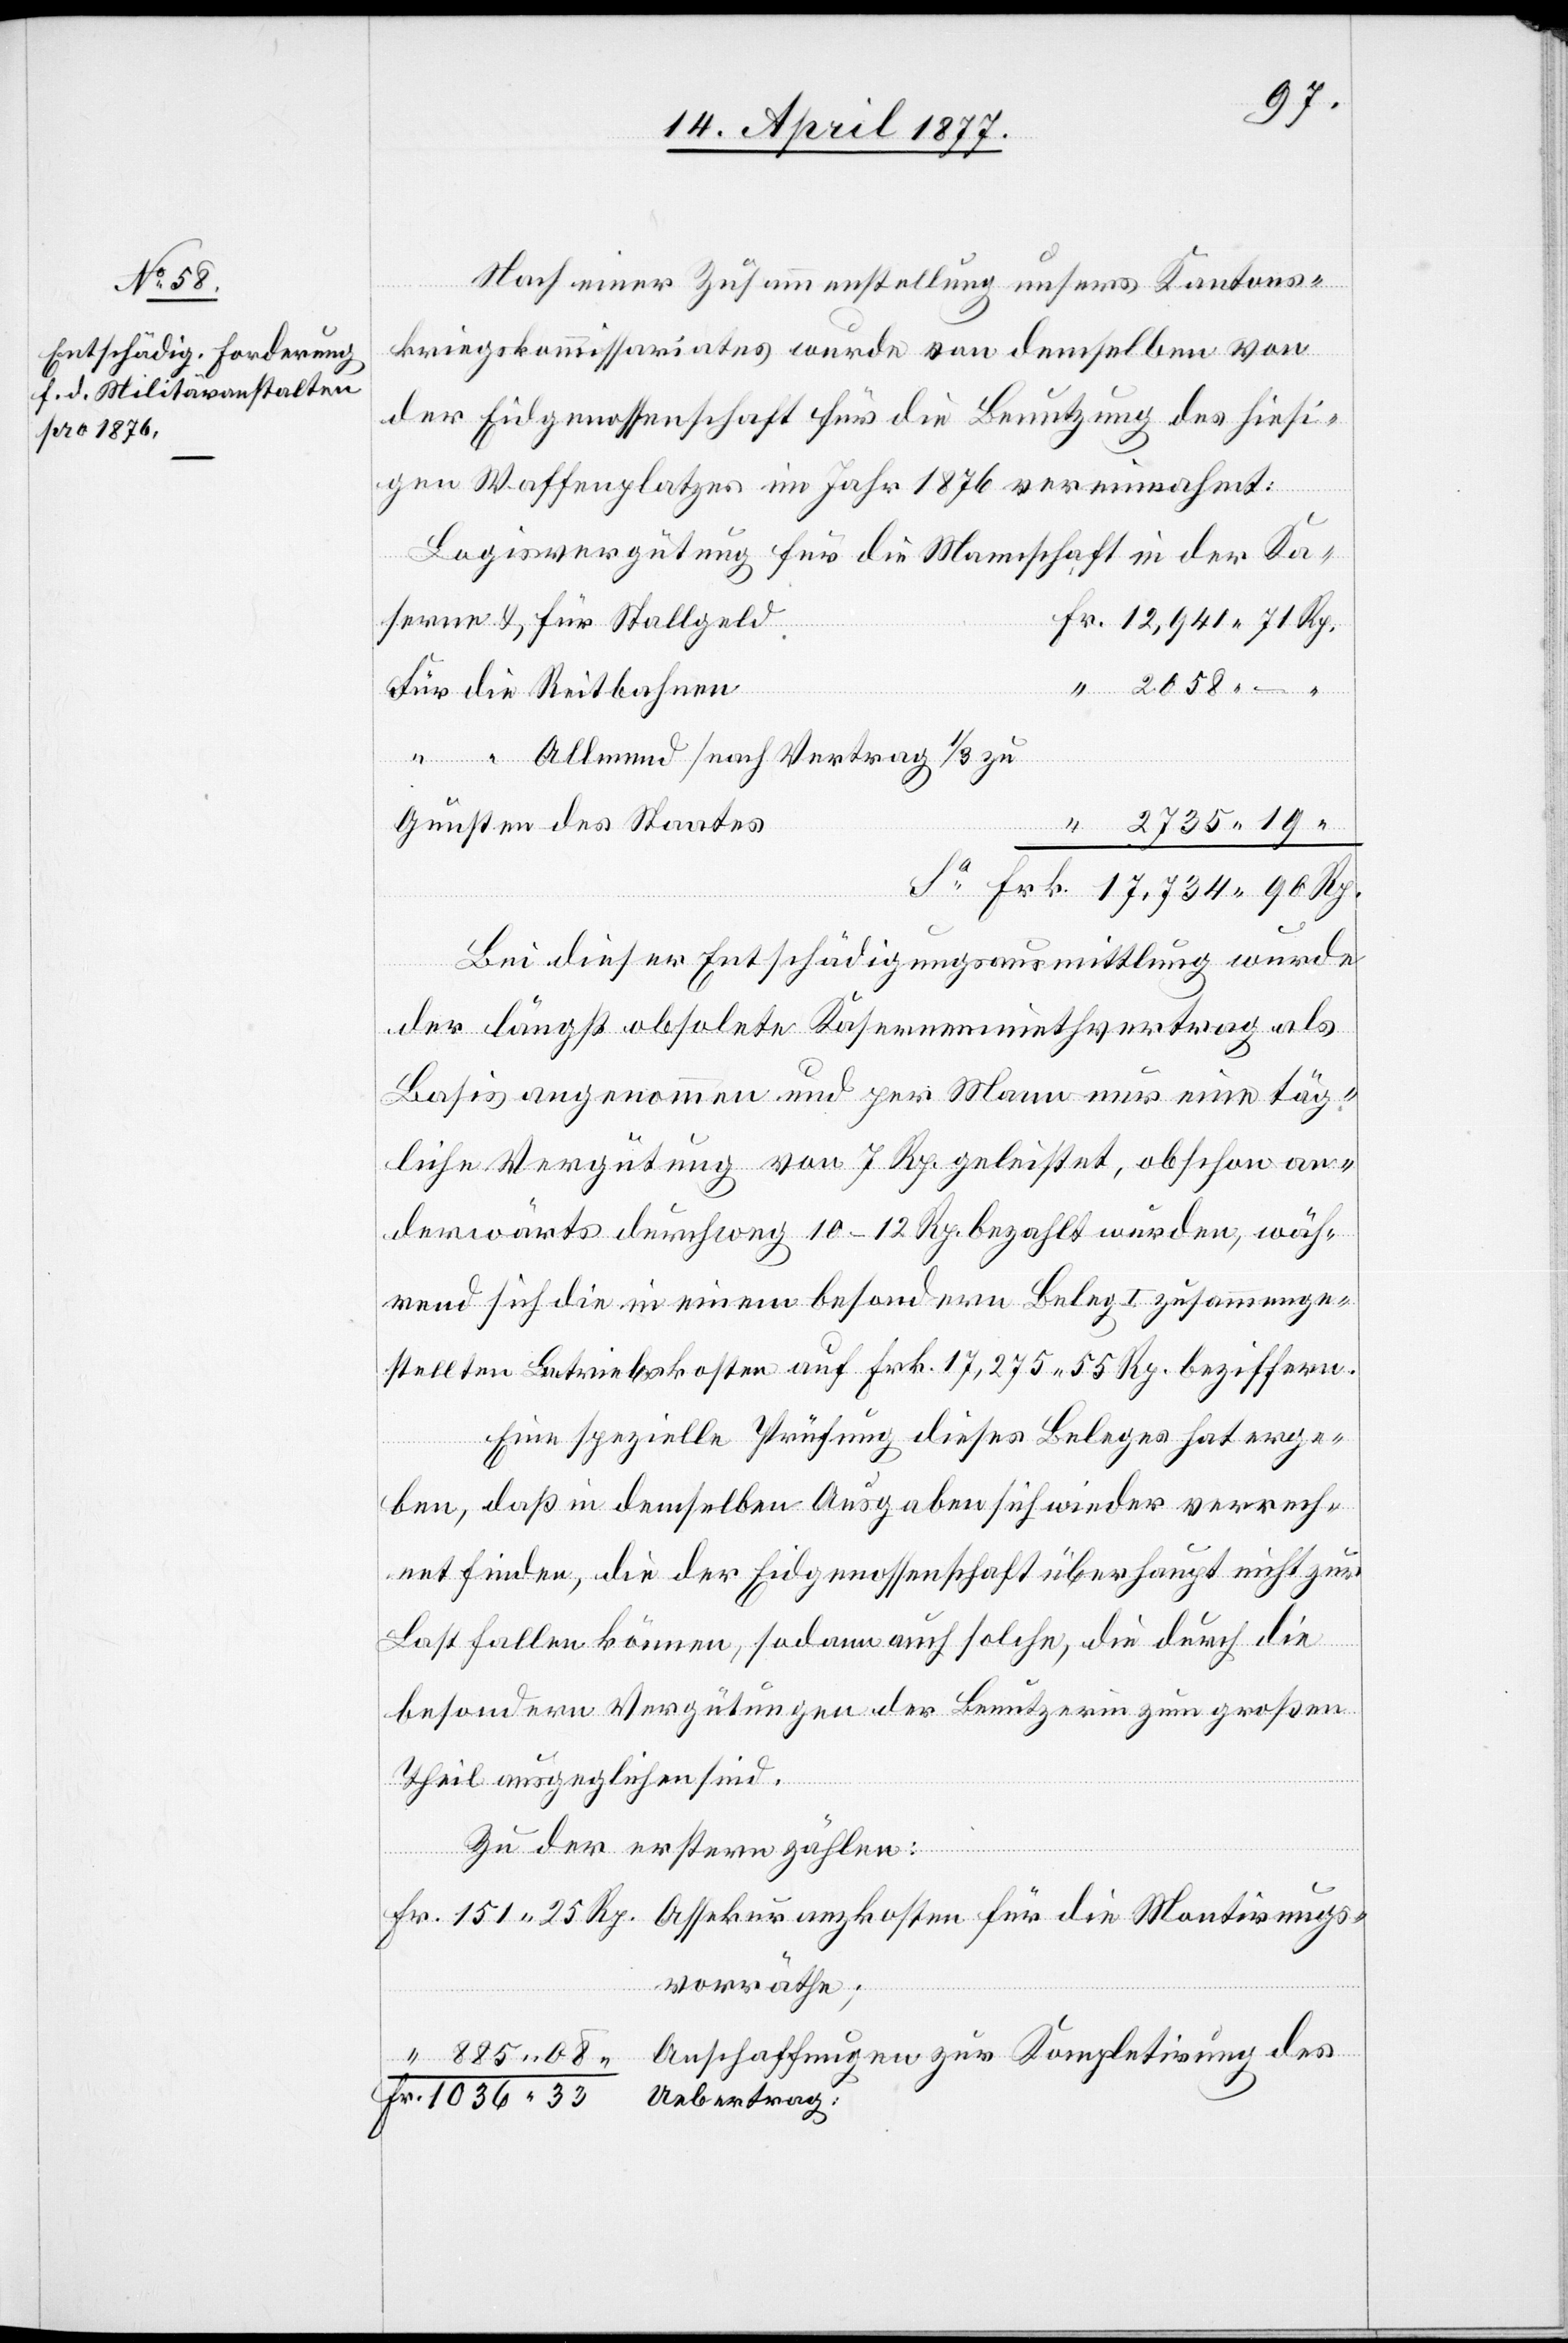
Nach einer Zusammenstellung unsers Kantons¬
kriegskommissariates wurde von demselben von
der Eidgenossenschaft für die Benutzung des hiesi¬
gen Waffenplatzes im Jahr 1876 vereinnahmt:
Logisvergütung für die Mannschaft in der Ka¬
serne & für Stallgeld
für die Reitbahnen
“ “ Allmend [nach Vertrag 1/3 zu
Gunsten des Staates]
Bei dieser Entschädigungsausmittlung wurde
der längst obsolete Kasernenmiethvertrag als
Basis angenommen und per Mann nur eine täg¬
liche Vergütung von 7 Rp. geleistet, obschon an¬
derwärts durchweg 10–12 Rp. bezahlt wurden, wäh¬
rend sich die in einem besondern Beleg I zusammenge¬
stellten Betriebskosten auf Frk. 17,275 55 Rp. beziffern.
Eine spezielle Prüfung dieses Beleges hat erge¬
ben, daß in demselben Ausgaben sich wieder verrech¬
net finden, die der Eidgenossenschaft überhaupt nicht zur
Fr.
Last fallen können, sodann auch solche, die durch die
besondern Vergütungen der Benutzerin zum großen
Theil ausgeglichen sind.
Uebertrag
Zu den erstern zählen:
vorräthe;
Anschaffungen zur Kompletirung des